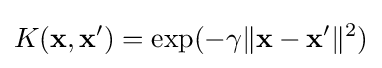
K(\mathbf {x} ,\mathbf {x'} )=\exp(-\gamma \|\mathbf {x} -\mathbf {x'} \|^{2})